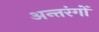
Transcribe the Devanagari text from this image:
अन्तरंगों